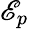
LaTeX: \mathscr{E}_{p}